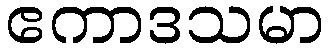
ဧကာဒသမာ